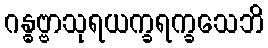
ဂန္ဓဗ္ဗာသုရယက္ခရက္ခသေဘိ